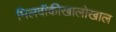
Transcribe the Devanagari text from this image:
मिलवॉकीखालोखाल